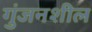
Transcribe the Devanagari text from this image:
गुंजनशील